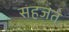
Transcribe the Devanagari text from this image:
सहजत